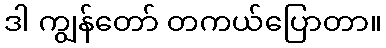
ဒါ ကျွန်တော် တကယ်ပြောတာ။